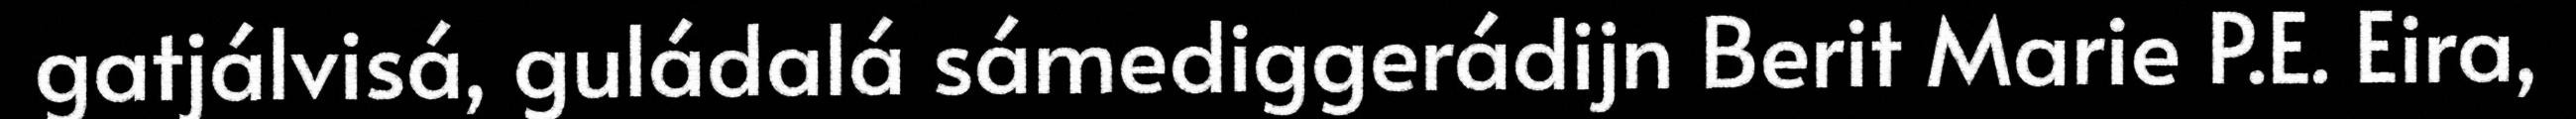
gatjálvisá, guládalá sámediggerádijn Berit Marie P.E. Eira,